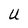
Character: U